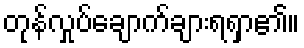
တုန်လှုပ်ချောက်ချားရရှာ၏။